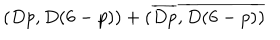
LaTeX: ( D p , D ( 6 - p ) ) + ( \overline { { { D p } } } , \overline { { { D ( 6 - p ) } } } )